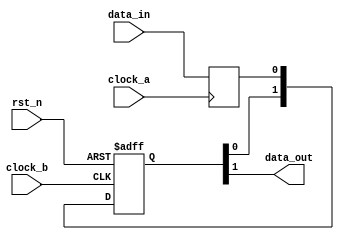
module CLK_IS_MCDM (clock_a, clock_b, rst_n, data_in, data_out);
   input clock_a;
   input clock_b;
   input rst_n;
   output data_out;
   input data_in;
   reg data_out_meta;
   reg [1:0] data_out_reg;
   assign data_out = data_out_reg[1];
   always @ (posedge clock_a)
   begin
      data_out_meta <= data_in;
   end
   always @ (posedge clock_b or negedge rst_n)
   begin
      if (! rst_n)
      data_out_reg <= 'b0;
      else
      data_out_reg <= {data_out_reg[0], data_out_meta};
   end
endmodule